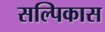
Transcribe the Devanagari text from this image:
सल्पिकास